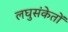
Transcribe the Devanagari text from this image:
लघुसंकेतों